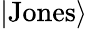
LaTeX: |\mathrm{Jones}\rangle